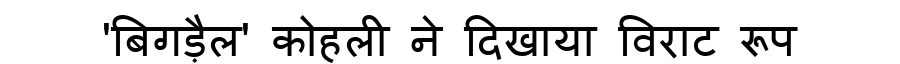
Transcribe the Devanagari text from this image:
'बिगड़ैल' कोहली ने दिखाया विराट रूप